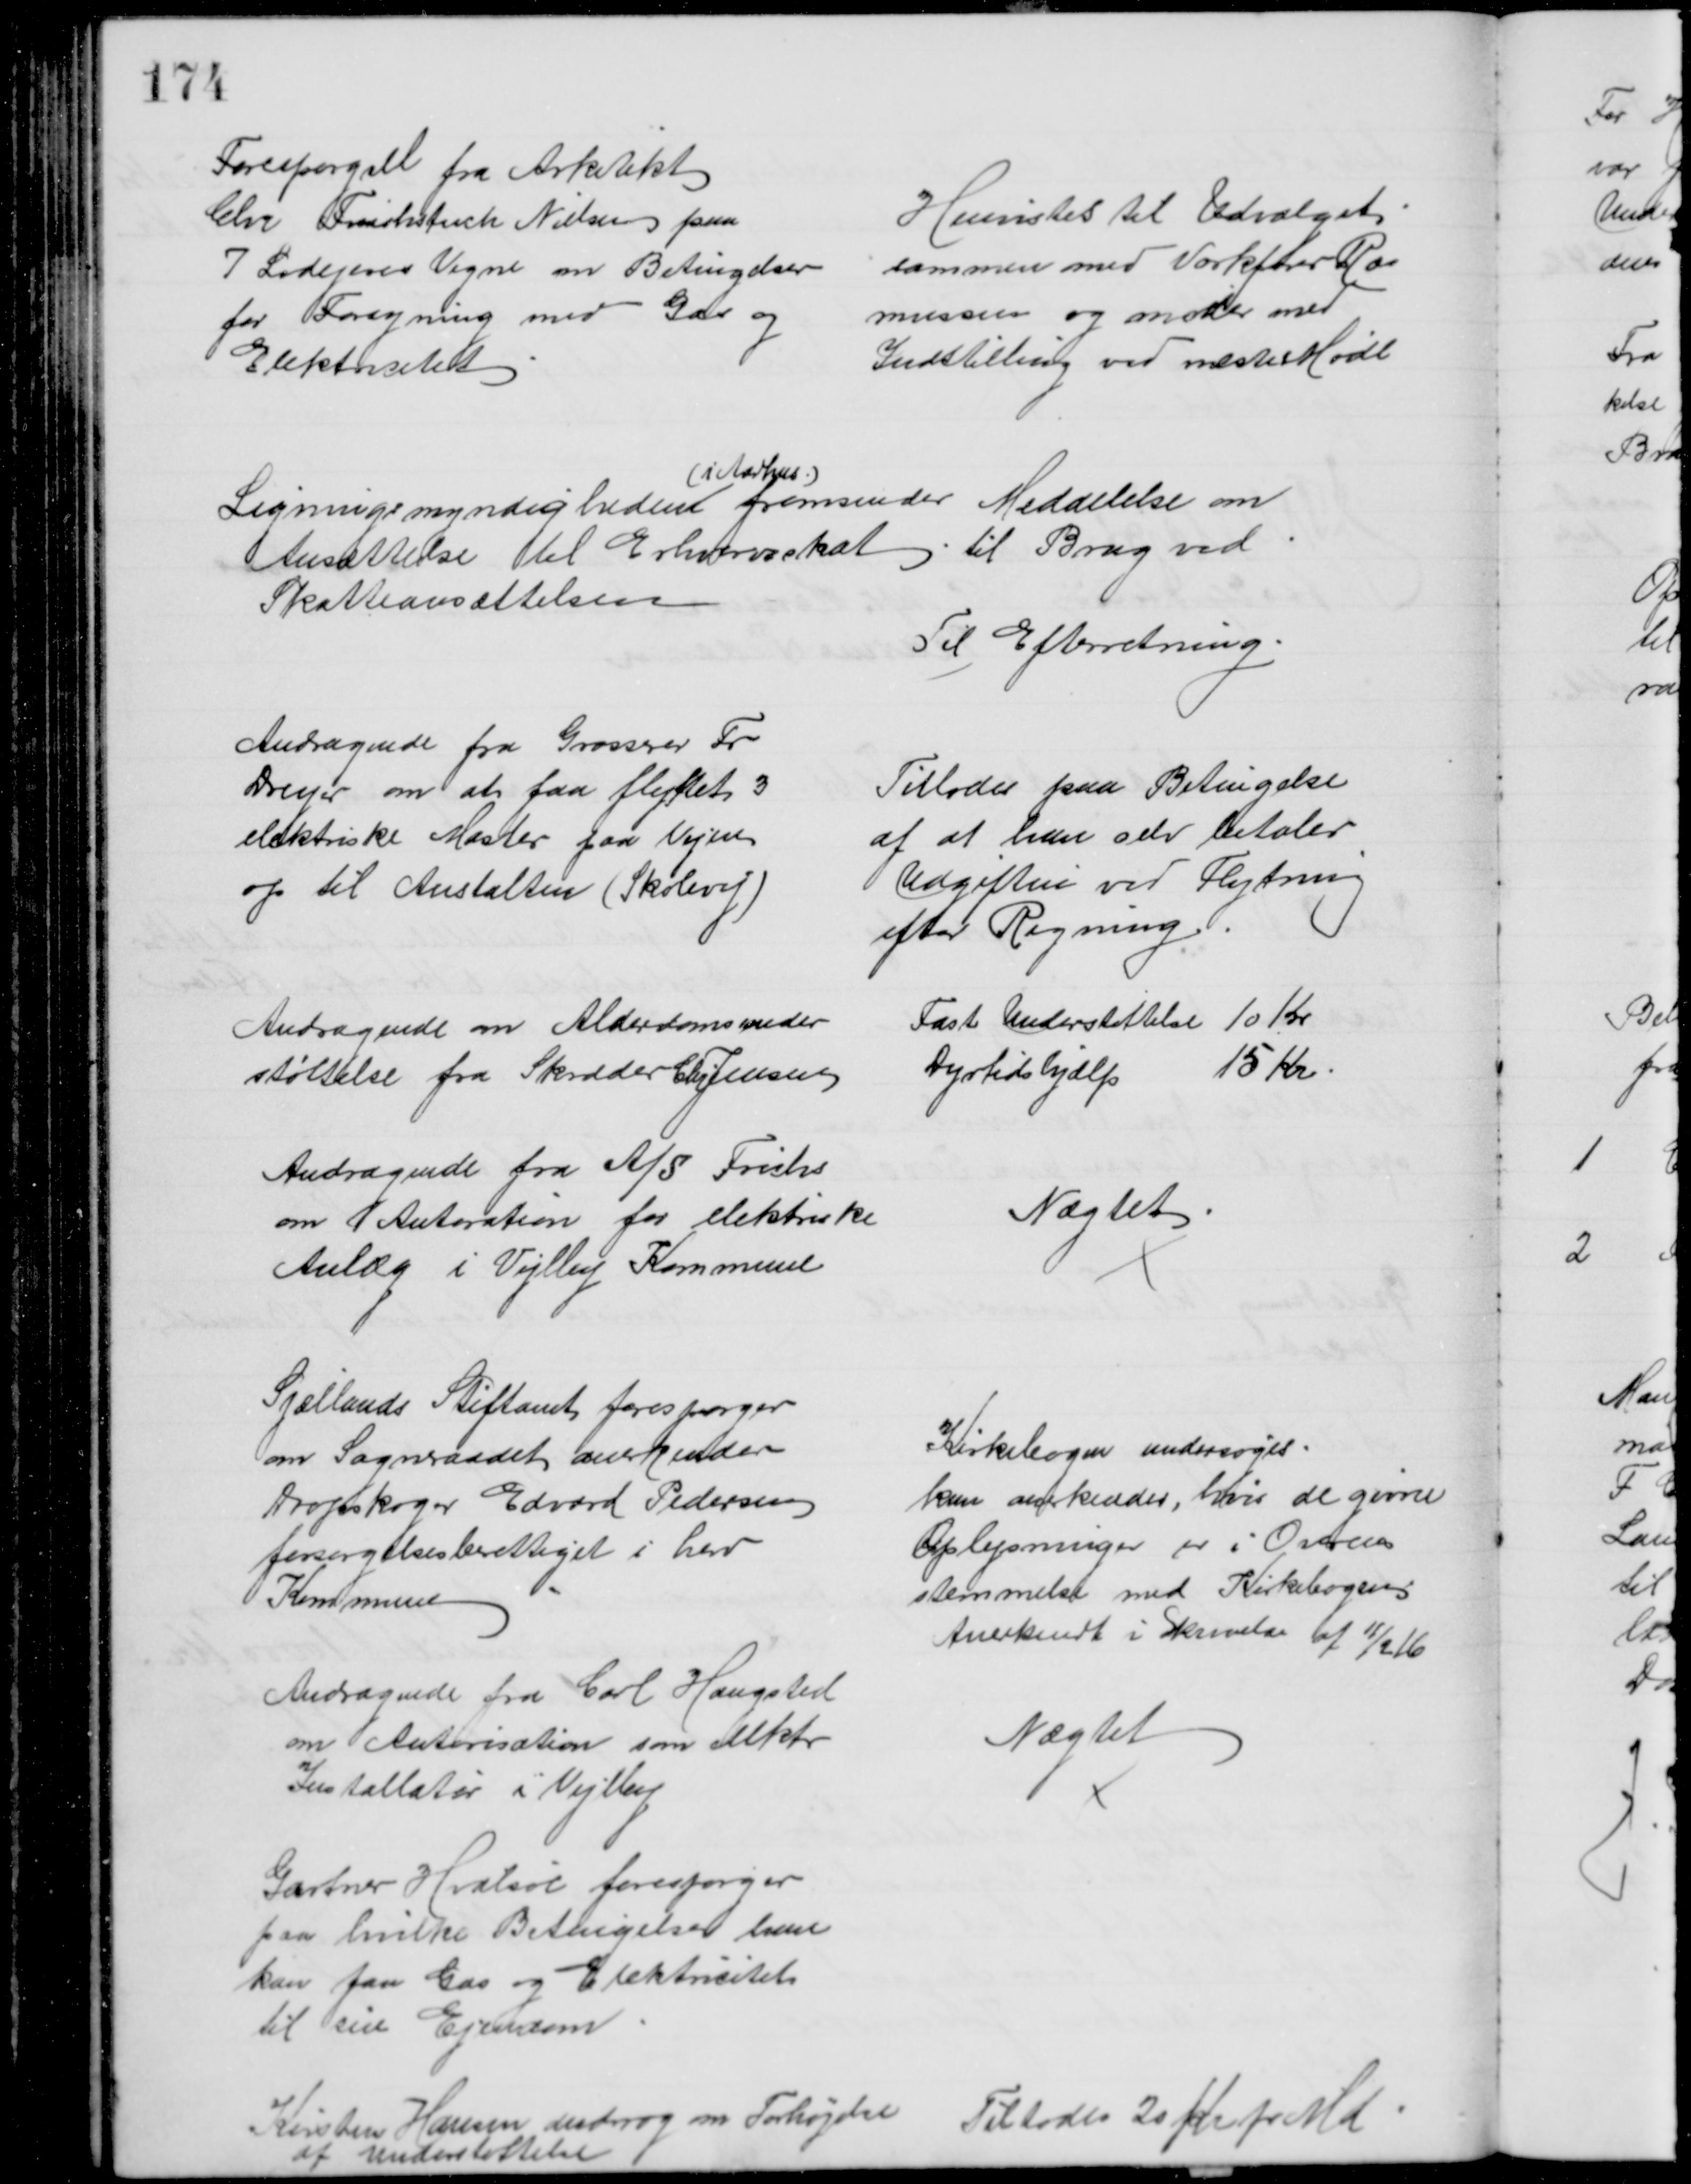
Transskription:
Forespørgsel fra Arkitekt
Chr Frühstück Nielsen paa
7 Lodejeres Vegne om Betingelser
for Forsyning med Gas og
Elektricitet
Henvistes til Udvalget
sammen med Værkfører Ras
mussen og møder med
Indstilling ved næste Møde
Ligningsmyndigheden
(i Aarhus.)
fremsender Meddelelse om
Ansættelse til Erhvervsskat til Brug ved
Skatteansættelsen
Til Efterretning
Andragende fra Grosserer Fr
Dreyer om at faa flyttet 3
elektriske Master paa Vejen
op til Anstalten (Skolevej)
Tillodes paa Betingelse
af at han selv betaler
Udgiften ved Flytning
efter Regning
Andragende om Alderdomsunder
støttelse fra Skræder Chr Jensen
Fast Understøttelse 10 Kr
Dyrtidshjælp
15 Kr
Andragende fra A/S Frichs
om  Autoration for elektriske
Anlæg i Vejlby Kommune
Nægtet
Sjællands Stiftamt forespørger
om Sogneraadet anerkender
Dropskoger Edvard Pedersen
forsørgelsesberettiget i herv
Kommune
Kirkebogen undersøges
kan anerkendes, hvis de givne
Oplysninger er i Overens
stemmelse med Kirkebogen
Anerkendt i Skrivelse af 11/2 16
Andragende fra Carl Haugsted
om Autorisation som elektr
Installatør i Vejlby
Nægtet
Gartner Hvalsøe forespørger
paa hvilke Betingelser han
kan faa Gas og Elektricitet
til sin Ejendom
Kirsten Hansen androg om Forhøjelse 
af Understøttelse
Tiltodes 20 Kr pr Md